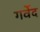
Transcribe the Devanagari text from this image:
गर्वेद